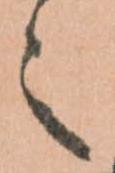
之